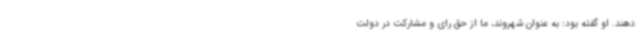
دهند. او گفته بود: به عنوان شهروند، ما از حق رای و مشارکت در دولت